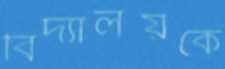
বিদ্যালয়কে